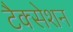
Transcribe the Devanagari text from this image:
टैक्सेशन